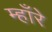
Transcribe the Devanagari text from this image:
म्हाँरे